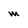
Character: m